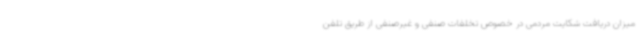
میزان دریافت شکایت مردمی در خصوص تخلفات صنفی و غیرصنفی از طریق تلفن